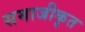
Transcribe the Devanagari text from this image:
समाजीकृत